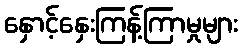
နှောင့်နှေးကြန့်ကြာမှုများ